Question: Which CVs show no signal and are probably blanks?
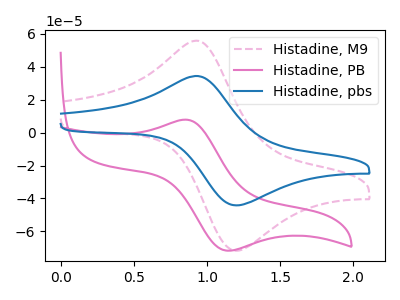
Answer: <think>The pink dashed curve "Histadine, M9" has an anodic peak at (0.95V, 55.90uA) and a cathodic peak at (1.20V, -71.80uA). The pink curve "Histadine, PB" has an anodic peak at (0.85V, 7.85uA) and a cathodic peak at (1.15V, -71.70uA). The blue curve "Histadine, pbs" has an anodic peak at (0.95V, 34.45uA) and a cathodic peak at (1.20V, -44.25uA).</think>
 <answer>There are not any CV's on this graph that are likely to be blanks.</answer>
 <eval>none</eval>